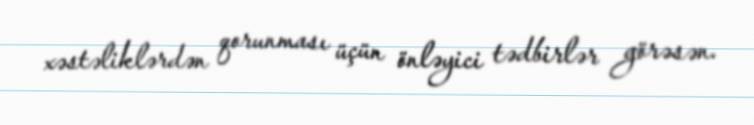
xəstəliklərdən qorunması üçün önləyici tədbirlər görəsən.